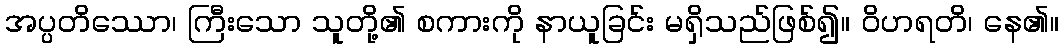
အပ္ပတိဿော၊ ကြီးသော သူတို့၏ စကားကို နာယူခြင်း မရှိသည်ဖြစ်၍။ ဝိဟရတိ၊ နေ၏။